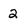
Character: 2